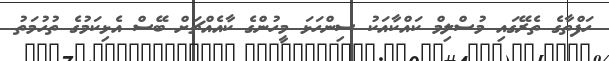
ހަފްތާގެ ތެރޭގައި މުސްލިމް ކައްކާއަކު ސިންހަޅަ މީހުންގެ ކާއެއްޗަށް ބޭސް އެޅިކަމުގެ ތުހުމަތު